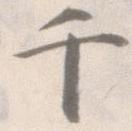
千